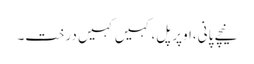
نیچے پانی،اوپر پل،کہیں کہیں درخت۔